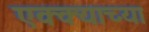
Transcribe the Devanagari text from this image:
एक्क्याच्या